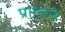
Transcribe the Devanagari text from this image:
प्राथरने